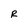
Character: r